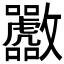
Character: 𪯟